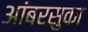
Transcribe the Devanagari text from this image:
आंबरसुका